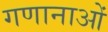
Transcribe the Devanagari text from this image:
गणानाओं